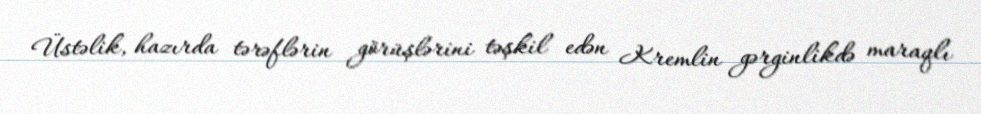
Üstəlik, hazırda tərəflərin görüşlərini təşkil edən Kremlin gərginlikdə maraqlı